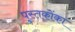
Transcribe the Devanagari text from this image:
पुस्‍तकोंका